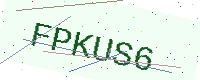
Text: FPKUS6